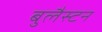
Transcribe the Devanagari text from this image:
बुलैस्टन